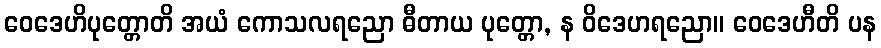
ဝေဒေဟိပုတ္တောတိ အယံ ကောသလရညော ဓီတာယ ပုတ္တော, န ဝိဒေဟရညော။ ဝေဒေဟီတိ ပန